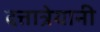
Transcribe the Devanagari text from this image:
दत्तात्रेयानी